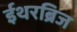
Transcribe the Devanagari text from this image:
ईथरब्रिज